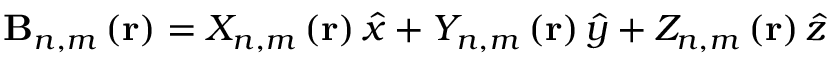
\mathbf { B } _ { n , m } \left( \mathbf { r } \right) = X _ { n , m } \left( \mathbf { r } \right) \boldsymbol { \hat { x } } + Y _ { n , m } \left( \mathbf { r } \right) \boldsymbol { \hat { y } } + Z _ { n , m } \left( \mathbf { r } \right) \boldsymbol { \hat { z } }